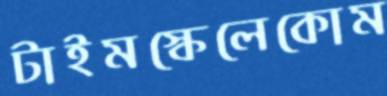
টাইমস্কেলেকোম